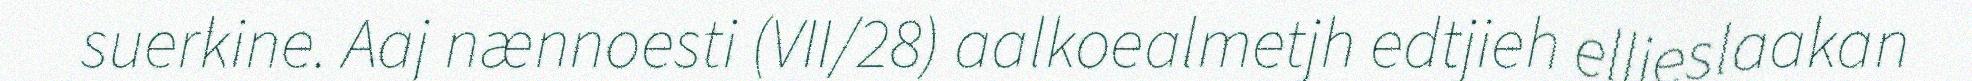
suerkine. Aaj nænnoesti (VII/28) aalkoealmetjh edtjieh ellieslaakan